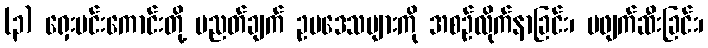
(၃) ရှေးမင်းကောင်းတို့ ပညတ်ချက် ဥပဒေသများကို အစဉ်လိုက်နာခြင်း၊ မဖျက်ဆီးခြင်း၊